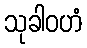
သုခါဝဟံ